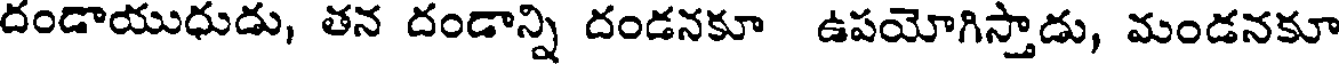
దండాయుధుడు, తన దండాన్ని దండనకూ ఉపయోగిస్తాడు, మండనకూ